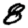
Digit: 8